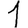
Digit: 1